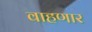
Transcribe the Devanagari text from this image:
वाहणार